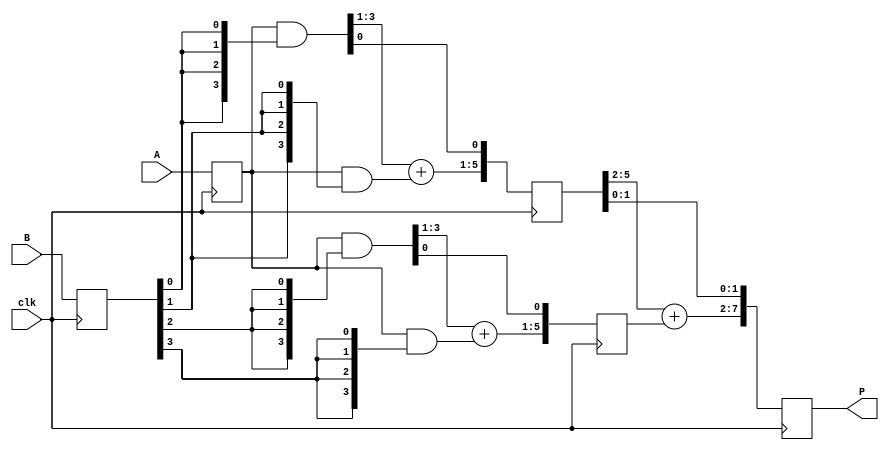
// iverilog -o lab2.vvp lab2.v
// vvp lab2.vvp
// gtkwave lab2.vcd lab2.sav

// pipelined fast multiplier
module mult_fast(
	output reg[7:0] P,  // product
	input[3:0] A, B,    // multiplicand and multiplier
	input clk		    // clock (posedge)
	);
	// stage 0 (input)
	reg[3:0] a_s0, b_s0;
	always @(posedge clk) begin
		a_s0 <= A;
		b_s0 <= B;
	end
	// stage 1
	wire[3:0] pp0 = a_s0 & {4{b_s0[0]}}; // ignore the delays of AND gates
	wire[4:1] pp1 = a_s0 & {4{b_s0[1]}}; // ignore the delays of AND gates
	wire[5:2] pp2 = a_s0 & {4{b_s0[2]}}; // ignore the delays of AND gates
	wire[6:3] pp3 = a_s0 & {4{b_s0[3]}}; // ignore the delays of AND gates
	reg[5:1] sum1;
	always @(pp0, pp1)
		sum1[5:1] <= #7 pp0[3:1] + pp1[4:1]; // delay of the 4-bit adder
	reg[7:3] sum3;
	always @(pp2, pp3)
		sum3[7:3] <= #7 pp2[5:3] + pp3[6:3]; // delay of the 4-bit adder
	reg[5:0] sum1_s1;
	reg[7:2] sum3_s1;
	always @(posedge clk) begin
		sum1_s1 <= {sum1, pp0[0]};
		sum3_s1 <= {sum3, pp2[2]};
	end
	// stage 2 (outout)
	reg[7:2] sum2;
	always @(sum1_s1, sum3_s1)
		sum2[7:2] <= #8 sum1_s1[5:2] + sum3_s1[7:2]; // delay of the 6-bit adder
	always @(posedge clk) begin
		P <= {sum2, sum1_s1[1:0]};
	end
endmodule

// test bench
module mult_tb();
	// dump
	initial begin
		$dumpfile("lab2.vcd");
		$dumpvars(0, mult_tb);
	end
	// clock cycle = 10 ticks
	reg clock = 1;
	always
		#5 clock <= ~clock;
	// multiplier
	reg[3:0] A, B;
	wire[7:0] P;
	reg[7:0] P_ref;
	mult_fast mult(P, A, B, clock);
	always @(posedge clock)
		P_ref <= #20 A*B;
	// loop through all possible inputs
	integer i;
	initial begin
		#9;
		for(i=0; i<256; i=i+1) begin
			{A, B} <= i;
			#10;
		end
		#21 $finish;
	end
	// check if the products are correct
	reg[3:0] A_old, B_old;
	always @(posedge clock) begin
		#1
		if(P_ref!=P && i>=2) begin
			A_old = (i-2)/16;
			B_old = (i-2)%16;
			$display("Product is wrong when A=%b, B=%b.", A_old, B_old);
			$display("P_ref: %b.", P_ref);
			$display("P    : %b.", P);
			#9 $finish;
		end
	end
endmodule